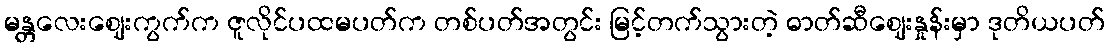
မန္တလေးဈေးကွက်က ဇူလိုင်ပထမပတ်က တစ်ပတ်အတွင်း မြင့်တက်သွားတဲ့ ဓာတ်ဆီဈေးနှုန်းမှာ ဒုတိယပတ်